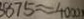
8 7 5 \approx 4 0 0 0